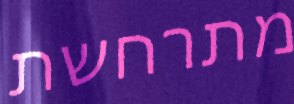
מתרחשת